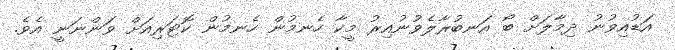
އަޑުއިވުނު ދިމާލަށް ބޯ އަނބުރާލެވުނުއިރު މީކާ ހެނމުން ހެނމުން ކޮޓަރިއަށް ވަންނަނީ އެވެ.